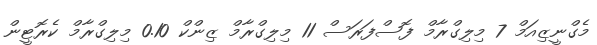
މެގްނީޒިއަމް 7 މިލިގްރާމް ފޮސްފަރަސް 11 މިލިގްރާމް ޒިންކް 0.10 މިލިގްރާމް ކެރޮޓީން